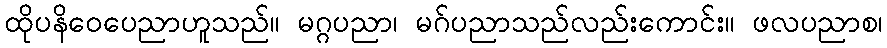
ထိုပနိဝေပေညာဟူသည်။ မဂ္ဂပညာ၊ မဂ်ပညာသည်လည်းကောင်း။ ဖလပညာစ၊